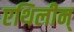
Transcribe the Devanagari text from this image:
एथिलीन्‌